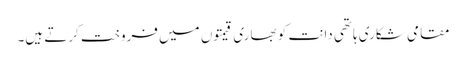
مقامی شکاری ہاتھی دانت کو بھاری قیمتوں میں فروخت کرتے ہیں۔